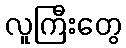
လူကြီးတွေ